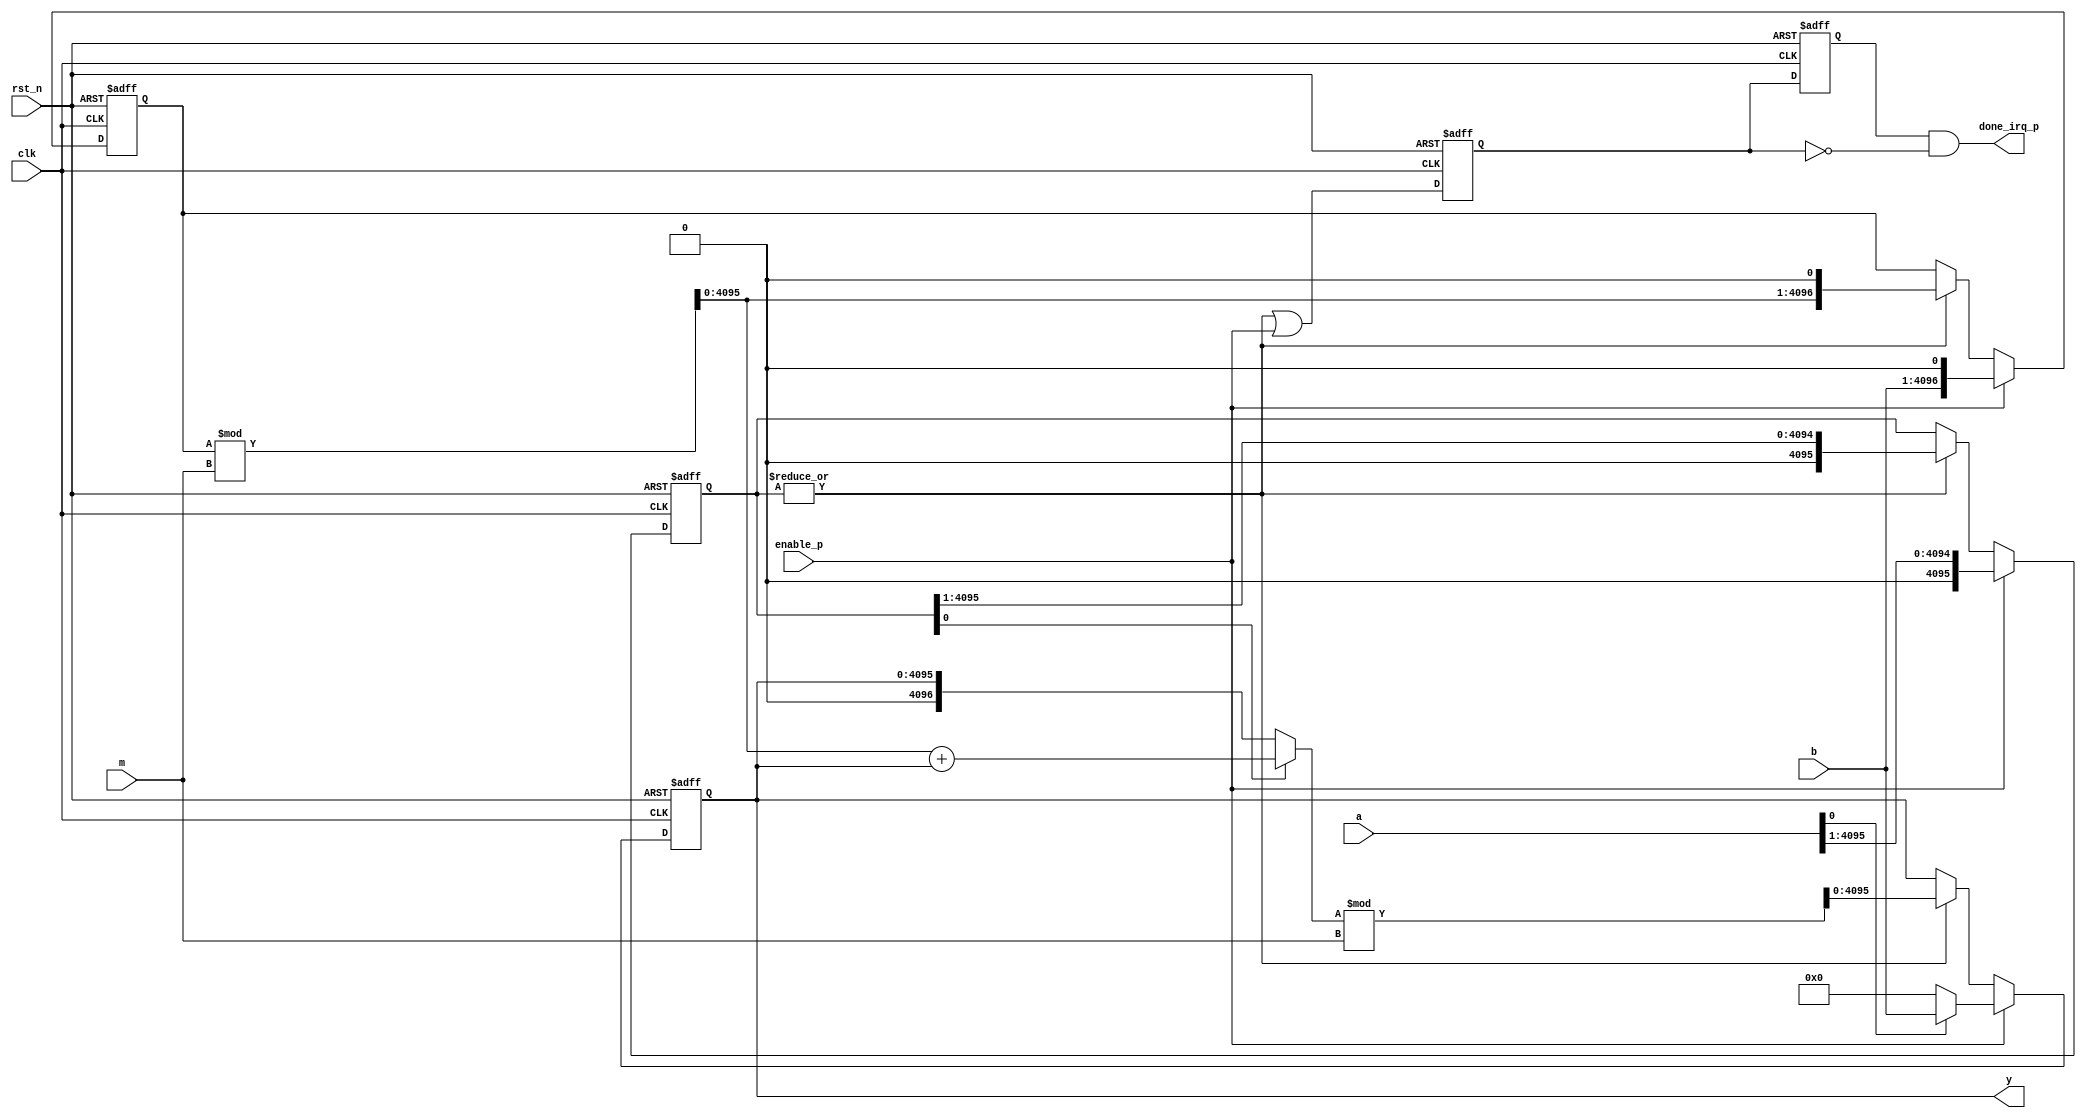
`timescale 1 ns/1 ps
//----------------------------------------
//INPUT: X, Y,M with 0 ? X, Y ? M
//OUTPUT: P = X  Y mod M
//n: number of bits of X
//xi: ith bit of X
//1. P = 0;
//2. for (i = n - 1; i >= 0; i = i - 1){
//3. P = 2 P;
//4. I = xi  Y ;
//5. P = P + I;
//6. if (P >= M) P = P - M;
//7. if (P >= M) P = P - M; }
//----------------------------------------

module mod_mul_il_v1 #(
  parameter NBITS = 4096

 ) (
  input               clk,
  input               rst_n,
  input               enable_p,
  input  [NBITS-1 :0] a,
  input  [NBITS-1 :0] b,
  input  [NBITS-1 :0] m,
  output [NBITS-1 :0] y,
  output              done_irq_p
);

//--------------------------------------
//reg/wire declaration
//--------------------------------------

reg  [NBITS-1 :0] a_loc;
reg  [NBITS-1 :0] y_loc;
reg  [NBITS   :0] b_loc;
reg               done_irq_p_loc;
reg               done_irq_p_loc_d;

wire [NBITS   :0] y_loc_accum;
wire [NBITS   :0] y_loc_accum_red;
wire [NBITS-1 :0] b_loc_red;

//wire MODULUS = 64'hCCCC_CCCD_CCCC_CCCD;
localparam MODULUS = 128'hCCCC_CCCC_CCCC_CCCC_CCCC_CCCC_CCCC_CCCD;

//calculate (a*b)%m
assign b_loc_red        = b_loc % m;
//assign y_loc_accum      =  b_loc_red*a_loc[0] + y_loc;
assign y_loc_accum      =  a_loc[0] ? (b_loc_red + y_loc) : y_loc;
assign y_loc_accum_red  = y_loc_accum % m ;

always @ (posedge clk or negedge rst_n) begin
  if (rst_n == 1'b0) begin
    y_loc <= {NBITS{1'b0}};
    a_loc <= {NBITS{1'b0}};
    b_loc <= {(NBITS+1){1'b0}};
  end
  else begin
      if (enable_p == 1'b1) begin
        a_loc <= {1'b0, a[NBITS-1 :1]};
        b_loc <= {b, 1'b0};
        if (a[0] == 1'b1) begin
          y_loc <= b;
        end
        else begin
          y_loc <= {NBITS{1'b0}};
        end
      end
      else if (|a_loc) begin
        y_loc <= y_loc_accum_red[NBITS-1 :0];
        b_loc <= {b_loc_red, 1'b0};
        a_loc <= {1'b0, a_loc[NBITS-1:1]};
      end 
  end
end

  
  always @ (posedge clk or negedge rst_n) begin
    if (rst_n == 1'b0) begin
      done_irq_p_loc    <= 1'b0;
      done_irq_p_loc_d  <= 1'b0;
    end
    else begin
      done_irq_p_loc    <= |a_loc | enable_p;  //enable_p for the case a == 1
      done_irq_p_loc_d  <= done_irq_p_loc  ;
    end
  end

  assign done_irq_p =  done_irq_p_loc_d & ~done_irq_p_loc;
  assign y          =  y_loc;



endmodule